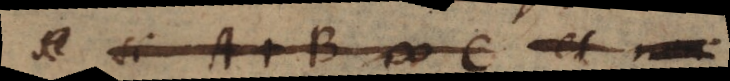
Si A + B # C et